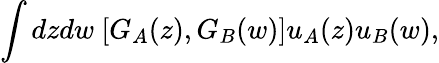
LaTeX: \int dzdw\ [G_{A}(z),G_{B}(w)]u_{A}(z)u_{B}(w),